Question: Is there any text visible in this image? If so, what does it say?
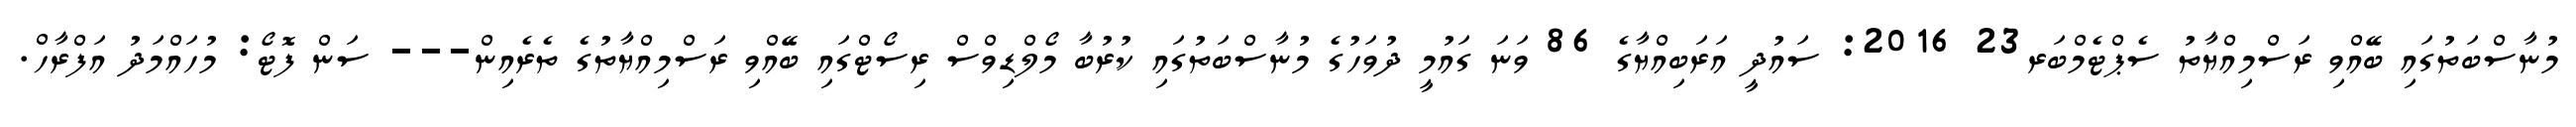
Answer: މުނާސްބަތުގައި ބޭއްވި ރަސްމިއްޔާތު ސެޕްޓެމްބަރ23 2016: ސައުދީ އަރަބިއްޔާގެ 86 ވަނަ ގައުމީ ދުވަހުގެ މުނާސްބަތުގައި ކުރުބާ މޯލްޑިވްސް ރިސޯޓްގައި ބޭއްވި ރަސްމިއްޔާތުގެ ތެރެއިން--- ސަން ފޮޓޯ: މުހައްމަދު އަފްރާހް.